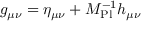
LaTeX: g _ { \mu \nu } = \eta _ { \mu \nu } + M _ { \mathrm { P l } } ^ { - 1 } h _ { \mu \nu }